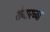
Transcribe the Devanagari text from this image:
शेजारच्‍या